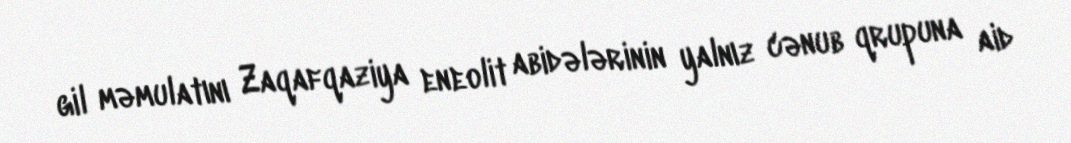
gil məmulatını Zaqafqaziya eneolit abidələrinin yalnız cənub qrupuna aid